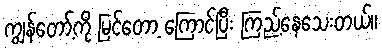
ကျွန်တော့်ကို မြင်တော့ ကြောင်ပြီး ကြည့်နေသေးတယ်။